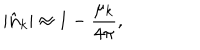
LaTeX: | \hat { \bf n } _ { k } | \approx 1 - { \frac { \mu _ { k } } { 4 \pi } } ,